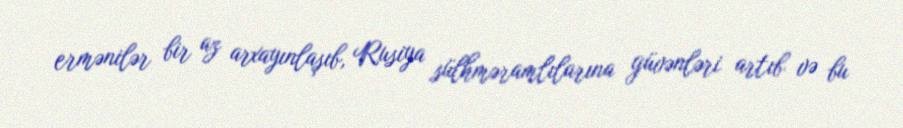
ermənilər bir az arxayınlaşıb, Rusiya sülhməramlılarına güvənləri artıb və bu